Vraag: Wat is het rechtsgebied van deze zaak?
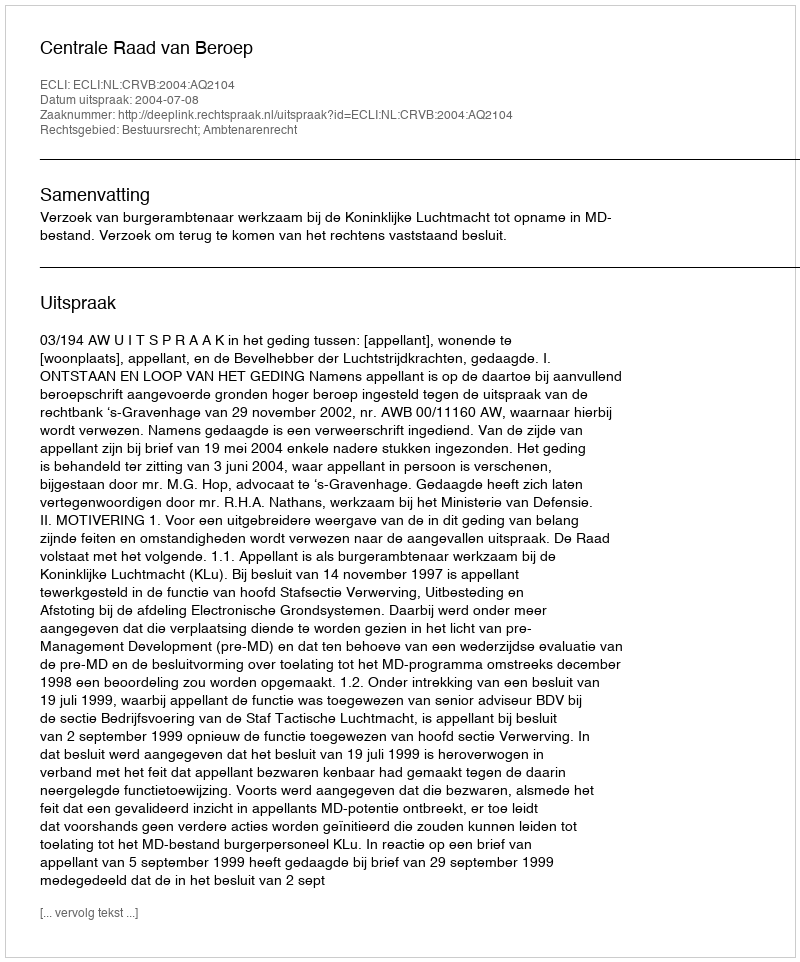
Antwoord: Bestuursrecht; Ambtenarenrecht